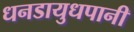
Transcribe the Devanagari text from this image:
धनडायुधपानी